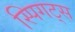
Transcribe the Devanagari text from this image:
स्पिगट्स